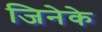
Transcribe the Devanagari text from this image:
जिनेके